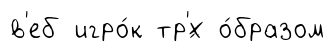
в'еб игро́к тр'́х о́бразом